Indian journal of veterinary science and animal husbandry - Volume 11,
Year: 1941
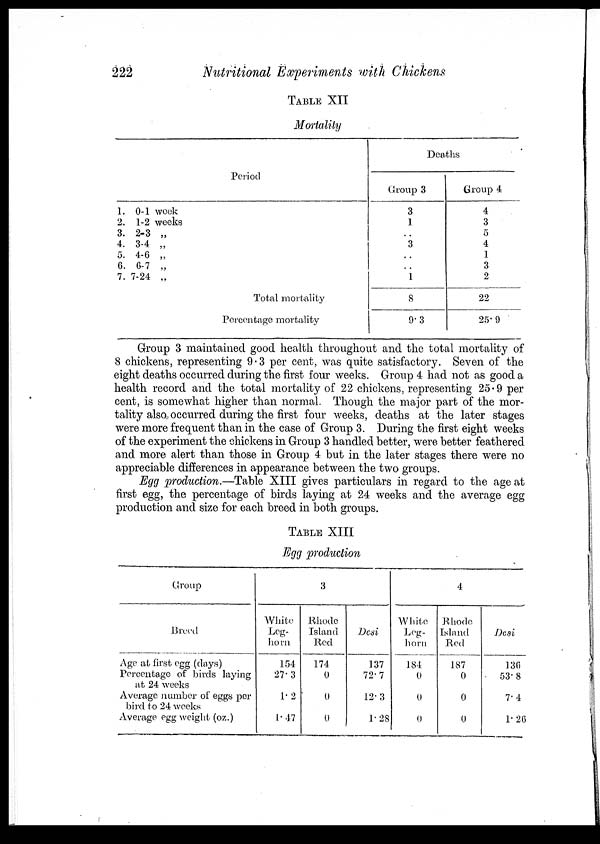
222
Nutritional Experiments with Chickens
TABLE XII
Mortality
Period
1. 0-1 week
2. 1-2 weeks
3. 2-3 „
4. 3-4 „
5. 4-6 „
6. 6-7 „
7. 7-24 „
Total mortality
Percentage mortality
Deaths
Group 3
3
1
..
3
..
..
1
8
9.3
Group 4
4
3
5
4
1
3
2
22
25. 9
Group 3 maintained good health throughout and the total mortality of
8 chickens, representing 9.3 per cent, was quite satisfactory. Seven of the
eight deaths occurred during the first four weeks. Group 4 had not as good a
health record and the total mortality of 22 chickens, representing 25.9 per
cent, is somewhat higher than normal. Though the major part of the mor-
tality also, occurred during the first four weeks, deaths at the later stages
were more frequent than in the case of Group 3. During the first eight weeks
of the experiment the chickens in Group 3 handled better, were better feathered
and more alert than those in Group 4 but in the later stages there were no
appreciable differences in appearance between the two groups.
Egg production.—Table XIII gives particulars in regard to the age at
first egg, the percentage of birds laying at 24 weeks and the average egg
production and size for each breed in both groups.
TABLE XIII
Egg production
Group
Breed
Age at first egg (days)
Percentage of birds laying
at 24 weeks
Average number of eggs per
bird to 24 weeks
Average egg weight (oz.)
3
White
Leg-
horn
154
27.3
1.2
1.47
Rhode
Island
Red
174
0
0
0
Desi
137
72.7
12.3
1.28
4
White
Leg-
horn
184
0
0
0
Rhode
Island
Red
187
0
0
0
Desi
130
53.8
7.4
1.26